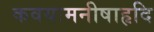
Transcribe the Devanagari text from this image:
कवयःमनीषाहृदि